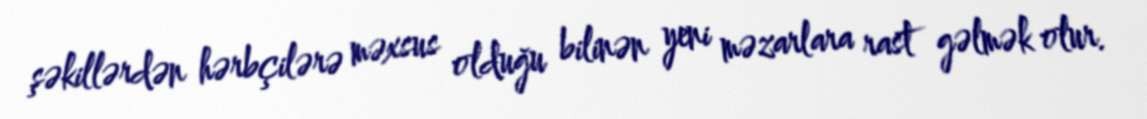
şəkillərdən hərbçilərə məxsus olduğu bilinən yeni məzarlara rast gəlmək olur.